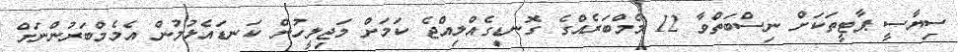
ސިޔާސީ ޕާޓީތަކަށް ނިސްބަތްވާ 12 މެމްބަރެއްގެ ގޮނޑިގެއްލިއްޖެ ކަމަށް މަޖިލީހުން ކަނޑައެޅުމުން އެމެމްބަރުންނަށް